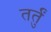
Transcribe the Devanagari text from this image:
तर्तुं